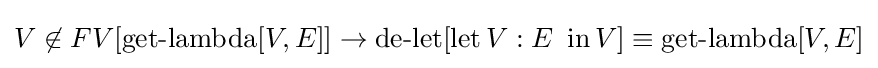
V\not \in FV[\operatorname {get-lambda} [V,E]]\to \operatorname {de-let} [\operatorname {let} V:E\ \operatorname {in} V]\equiv \operatorname {get-lambda} [V,E]